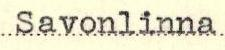
Savonlinna